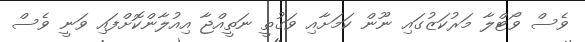
ވެސް ވޯޓްލާ މަރުކަޒުގައި ނޫން ކަމަށާއި ވަގުތީ ނަތީއްޖާ އިއުލާންކޮށްފައި ވަނީ ވެސް